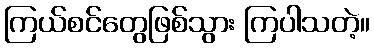
ကြယ်စင်တွေဖြစ်သွား ကြပါသတဲ့။